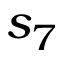
s _ { 7 }